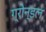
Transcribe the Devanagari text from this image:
ग्रोन्डल